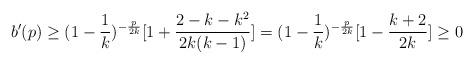
LaTeX: \begin{align*}b'(p) \geq (1-\frac{1}{k})^{-\frac{p}{2k}} [ 1 + \frac{2-k-k^2}{2k(k-1)}] = (1-\frac{1}{k})^{-\frac{p}{2k}} [ 1 - \frac{k+2}{2k}] \geq 0\end{align*}